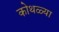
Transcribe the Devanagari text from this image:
कोथळ्या